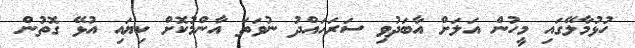
ހުޅުމާލޭގައި މީހުން އަލަށް އާބަދުވި ސަރަހައްދު ނުވަތަ އާންމުކޮށް ކިޔައި އުޅޭ ގޮތުން